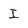
Character: I